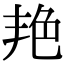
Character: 艳